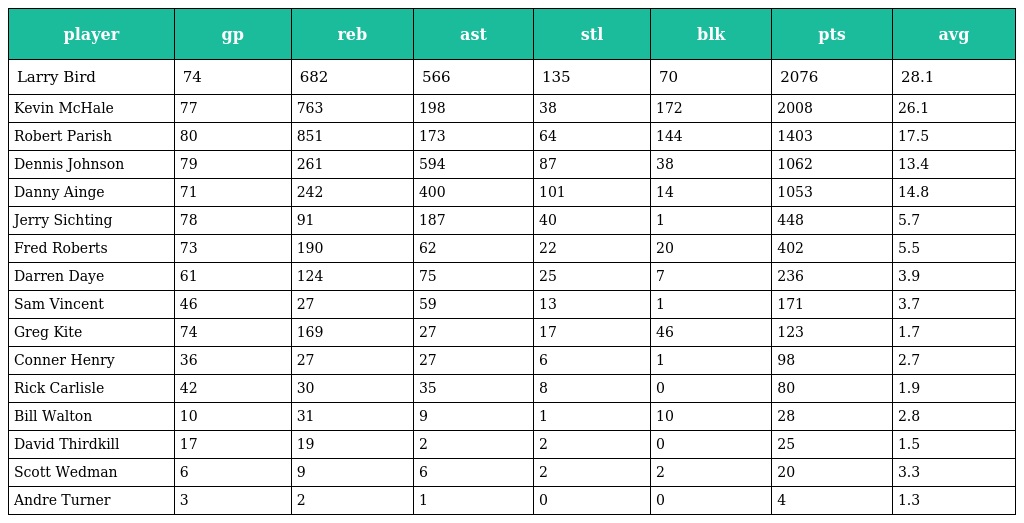
| player | gp | reb | ast | stl | blk | pts | avg |
 | --- | --- | --- | --- | --- | --- | --- | --- |
 | Larry Bird | 74 | 682 | 566 | 135 | 70 | 2076 | 28.1 |
 | Kevin McHale | 77 | 763 | 198 | 38 | 172 | 2008 | 26.1 |
 | Robert Parish | 80 | 851 | 173 | 64 | 144 | 1403 | 17.5 |
 | Dennis Johnson | 79 | 261 | 594 | 87 | 38 | 1062 | 13.4 |
 | Danny Ainge | 71 | 242 | 400 | 101 | 14 | 1053 | 14.8 |
 | Jerry Sichting | 78 | 91 | 187 | 40 | 1 | 448 | 5.7 |
 | Fred Roberts | 73 | 190 | 62 | 22 | 20 | 402 | 5.5 |
 | Darren Daye | 61 | 124 | 75 | 25 | 7 | 236 | 3.9 |
 | Sam Vincent | 46 | 27 | 59 | 13 | 1 | 171 | 3.7 |
 | Greg Kite | 74 | 169 | 27 | 17 | 46 | 123 | 1.7 |
 | Conner Henry | 36 | 27 | 27 | 6 | 1 | 98 | 2.7 |
 | Rick Carlisle | 42 | 30 | 35 | 8 | 0 | 80 | 1.9 |
 | Bill Walton | 10 | 31 | 9 | 1 | 10 | 28 | 2.8 |
 | David Thirdkill | 17 | 19 | 2 | 2 | 0 | 25 | 1.5 |
 | Scott Wedman | 6 | 9 | 6 | 2 | 2 | 20 | 3.3 |
 | Andre Turner | 3 | 2 | 1 | 0 | 0 | 4 | 1.3 |